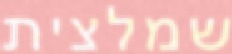
שמלצית